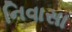
નિવાસા